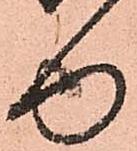
ゆ